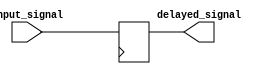
module nor_gate_delay (
    input wire input_signal,
    output wire delayed_signal
);

reg delayed_signal_reg;

always @(posedge clk) begin
    delayed_signal_reg <= input_signal;
end

assign delayed_signal = delayed_signal_reg;

endmodule